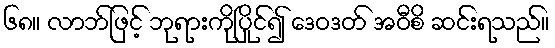
၆၈။ လာဘ်ဖြင့် ဘုရားကိုပြိုင်၍ ဒေဝဒတ် အဝီစိ ဆင်းရသည်။